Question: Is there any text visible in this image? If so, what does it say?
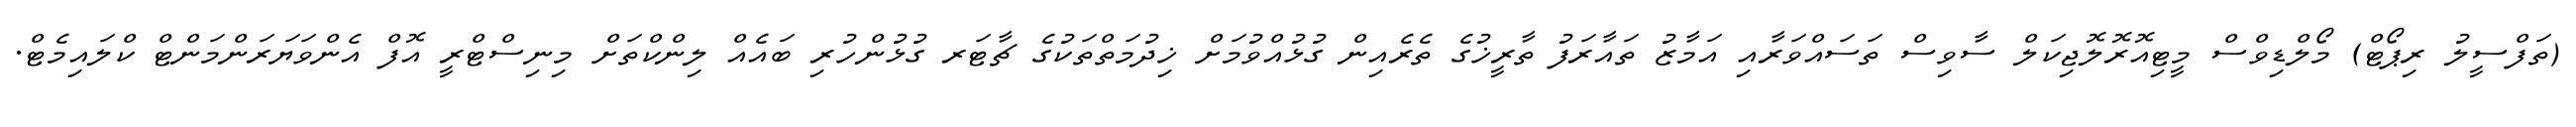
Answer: (ތަފްސީލު ރިޕޯޓް) މޯލްޑިވްސް މީޓިއޮރޮލޮޖިކަލް ސާވިސް ތަސައްވަރާއި އަމާޒު ތައާރަފު ތާރީޚުގެ ތެރެއިން ގުޅުއްވުމަށް ޚިދުމަތްތަކުގެ ޗާޓަރ ގުޅުންހުރި ބައެއް ލިންކްތަށް މިނިސްޓްރީ އޮފް އެންވަޔަރަންމަންޓް ކްލައިމެޓް.